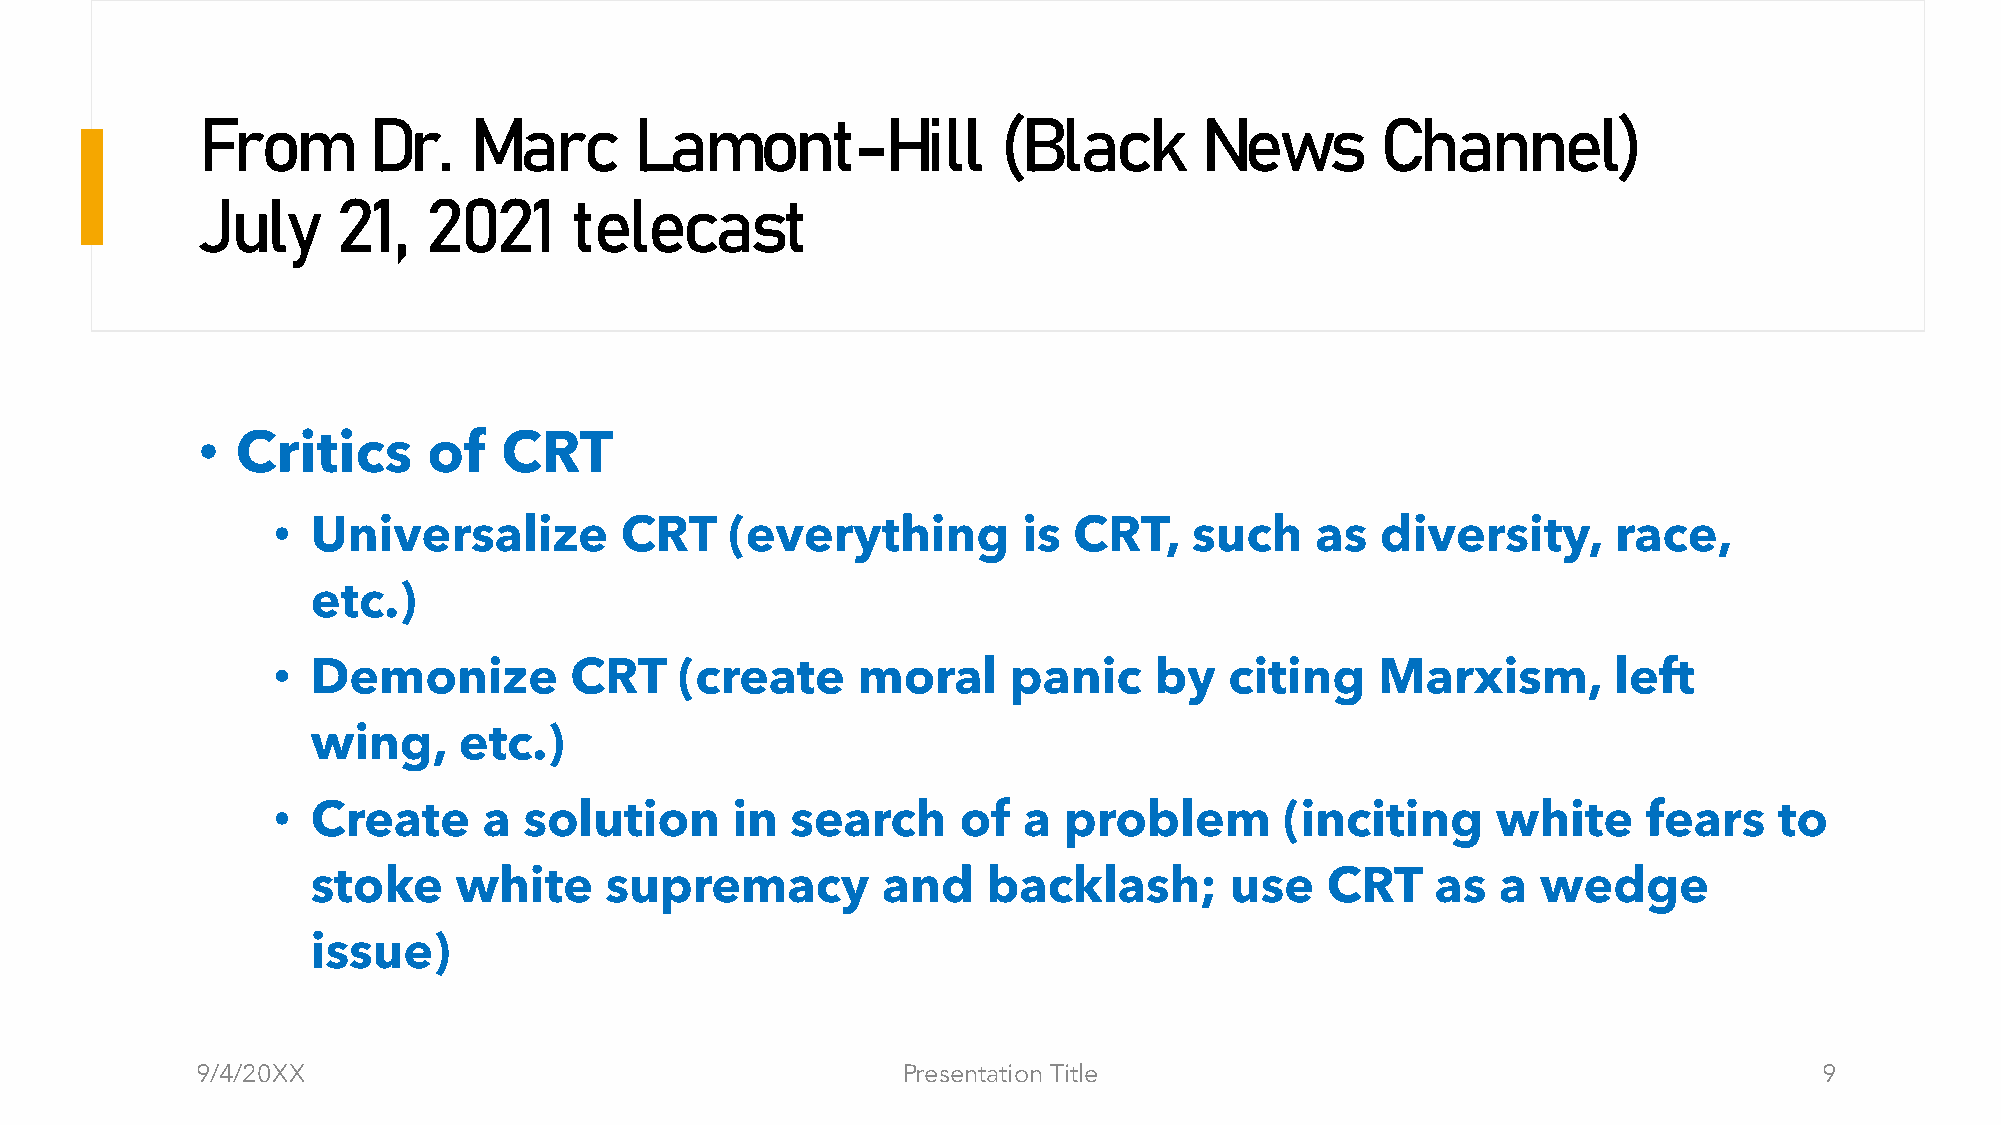
From       Dr.    Marc       Lamont-Hill             (Black       News        Channel)
 July     21,   2021      telecast
 •  Critics     of   CRT
 •  Universalize        CRT    (everything         is CRT,    such    as  diversity,      race,
 etc.)
 •  Demonize         CRT    (create     moral     panic    by   citing    Marxism,        left
 wing,    etc.)
 •  Create     a  solution     in  search      of  a problem        (inciting     white     fears    to
 stoke    white     supremacy         and    backlash;       use    CRT    as  a  wedge
 issue)
 9/4/20XX                                       Presentation Title                                           9